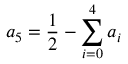
a _ { 5 } = \frac { 1 } { 2 } - \sum _ { i = 0 } ^ { 4 } a _ { i }